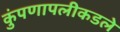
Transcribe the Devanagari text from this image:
कुंपणापलीकडले